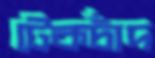
টেকচাঁদ